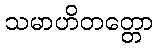
သမာဟိတတ္တော